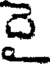
దై